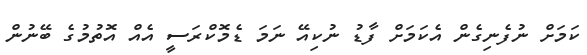
ކަމަށް ނުފެނިގެން އެކަމަށް ފާޑު ނުކިއޭ ނަމަ ޑެމޮކްރަސީ އެއް އޮތުމުގެ ބޭނުން